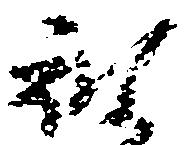
被